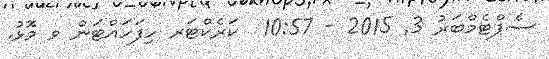
ސެޕްޓެމްބަރު 3